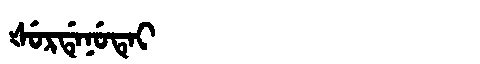
Manchu: ᡧᡠᡵᡩᡝᠨᡠᡨᡝᡳ
Romanization: ŠURDENUTEI